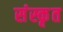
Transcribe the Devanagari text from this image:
संंस्कृृत